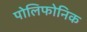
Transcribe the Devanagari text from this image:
पोलिफोनिक